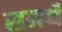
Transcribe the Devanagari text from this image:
समर्थें